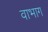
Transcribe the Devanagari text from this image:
वाभाग